Mental hospitals Bombay report 1921-28 - 1921-1928
Year: 1921
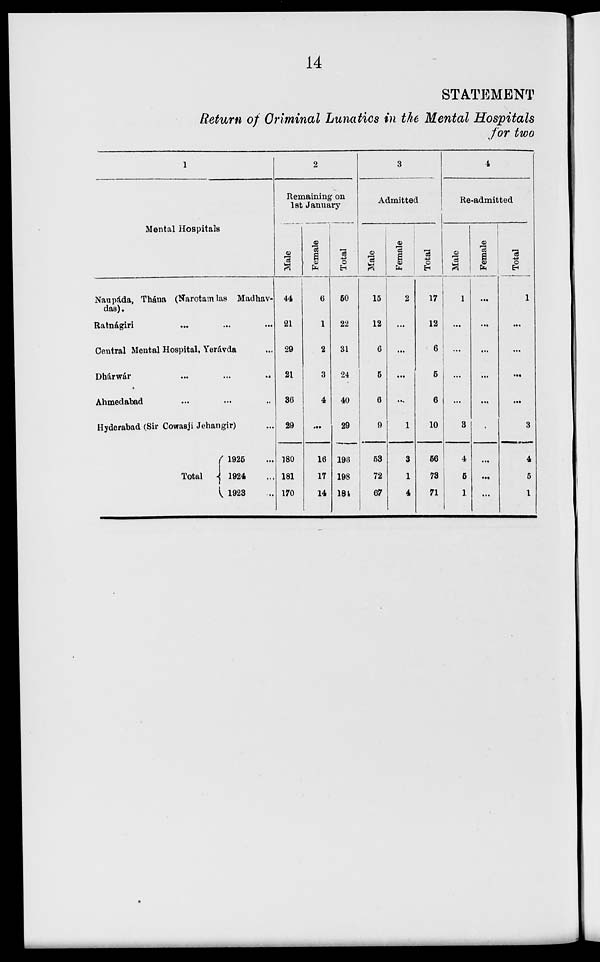
14
STATEMENT
Return of Criminal Lunatics in the Mental Hospitals
for two
1
Mental Hospitals
Naupáda, Thána (Narotamdas Madhav-
das).
Ratnágiri
...
...
...
Central Mental Hospital, Yerávda ...
Dhárwár
...
...
...
Ahmedabad ... ... ...
Hyderabad (Sir Cowasji Jehangir) ...
Total
1925 ...
1924 ...
1923 ...
2
Remaining on
1st January
Male
44
21
29
21
36
29
180
181
170
Female
6
1
2
3
4
...
16
17
14
Total
50
22
31
24
40
29
196
198
184
3
Admitted
Male
15
12
6
5
6
9
53
72
67
Female
2
...
...
...
...
1
3
1
4
Total
17
12
6
5
6
10
56
73
71
4
Re-admitted
Male
1
...
...
...
...
3
4
5
1
Female
...
...
...
...
...
...
...
...
...
Total
1
...
...
...
...
3
4
5
1